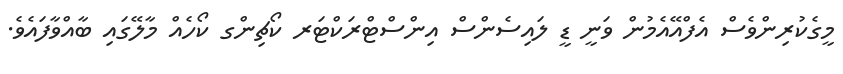
މީގެކުރިންވެސް އެފްއޭއެމުން ވަނީ ޑީ ލައިސެންސް އިންސްޓްރަކްޓަރ ކޯޗިންގ ކޯހެއް މާލޭގައި ބާއްވާފައެވެ.